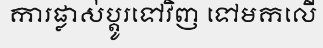
ការផ្លាស់ប្តូរទៅវិញ ទៅមកលើ